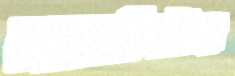
মার্কেটের